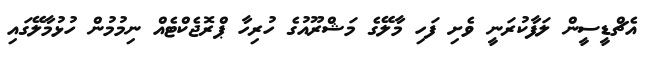
އެޗްޑީސީން ލަފާކުރަނީ ވެށި ފަހި މާލޭގެ މަޝްރޫއުގެ ހުރިހާ ޕްރޮޖެކްޓެއް ނިމުމުން ހުޅުމާލޭގައި